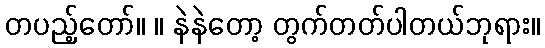
တပည့်တော်။ ။ နဲနဲတော့ တွက်တတ်ပါတယ်ဘုရား။